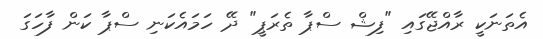
އެތަނަކީ ރާއްޖޭގައި "ފިޝް ސްޕާ ތެރަޕީ" ދޭ ހަމައެކަނި ސްޕާ ކަން ފާހަގަ